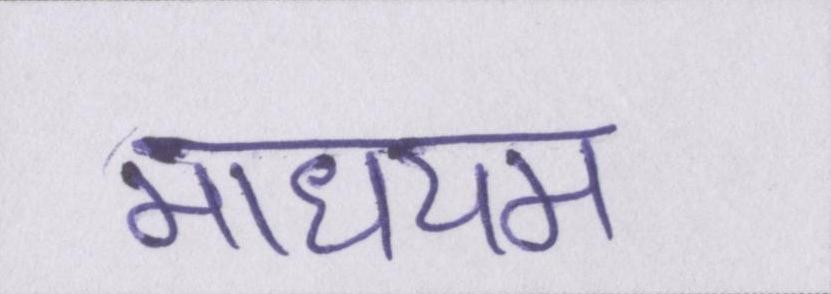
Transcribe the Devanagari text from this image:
माधयम